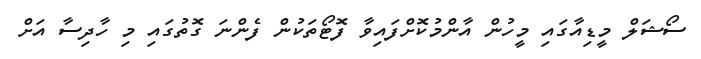
ސޯޝަލް މީޑިއާގައި މީހުން އާންމުކޮށްފައިވާ ފޮޓޯތަކުން ފެންނަ ގޮތުުގައި މި ހާދިސާ އަށް